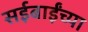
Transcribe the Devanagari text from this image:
सईबाईंच्या